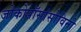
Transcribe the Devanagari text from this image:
जोकोपॉसांसोविनो